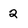
Character: 2